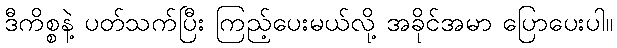
ဒီကိစ္စနဲ့ ပတ်သက်ပြီး ကြည့်ပေးမယ်လို့ အခိုင်အမာ ပြောပေးပါ။